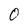
Character: O